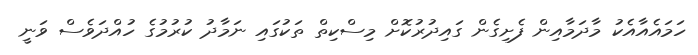
ހަމައެއާއެކު މާދަމާއިން ފެށިގެން ގައިދުރުކޮށް މިސްކިތް ތަކުގައި ނަމާދު ކުރުމުގެ ހުއްދަވެސް ވަނީ